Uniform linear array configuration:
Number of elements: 16
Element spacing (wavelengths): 0.5
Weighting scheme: hamming
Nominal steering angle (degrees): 0
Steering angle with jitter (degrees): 0.01127
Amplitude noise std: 0.05
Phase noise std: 0.05

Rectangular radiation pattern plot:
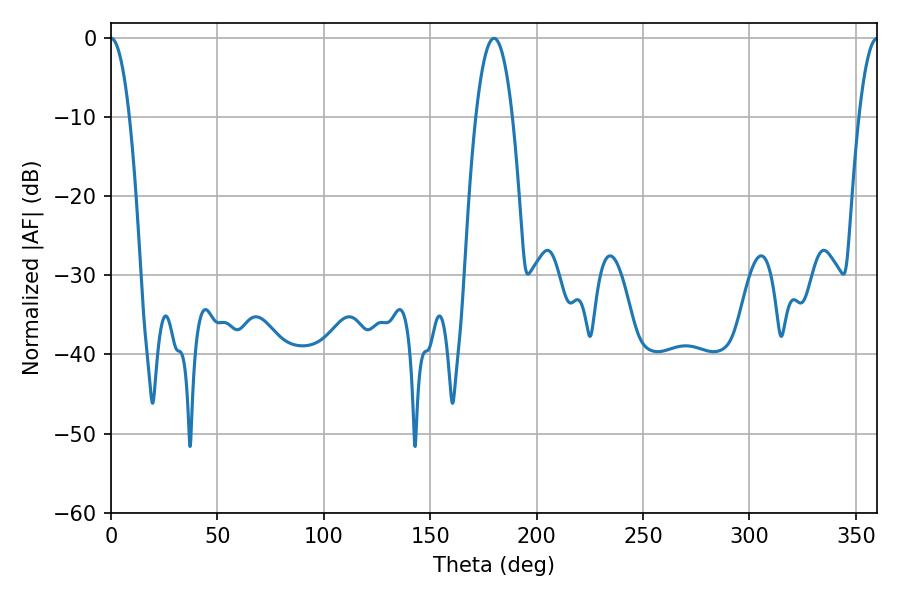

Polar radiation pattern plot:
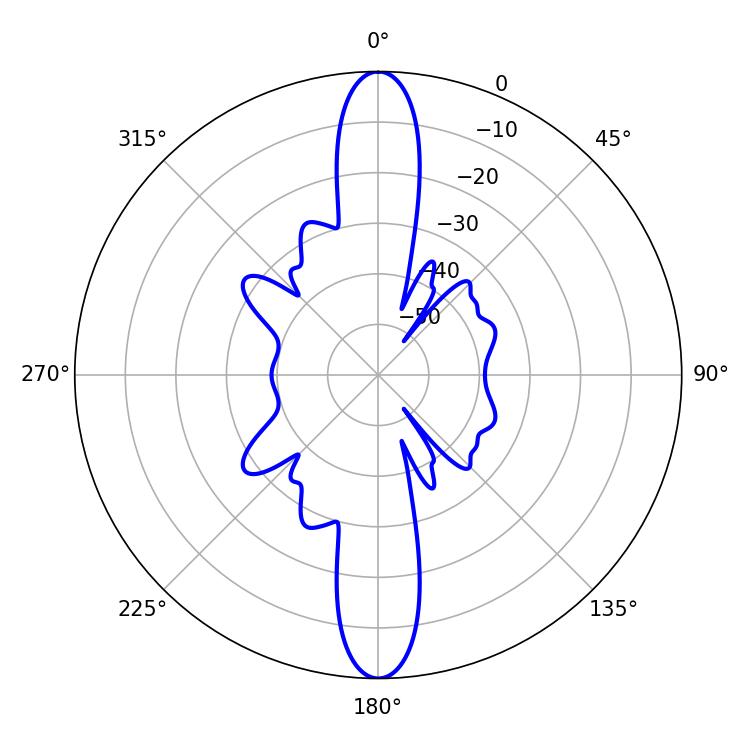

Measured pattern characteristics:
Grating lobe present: FALSE
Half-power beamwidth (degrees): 4.86
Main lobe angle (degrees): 0